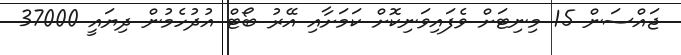
ޖައްސަން 15 މިނިޓަށް ވެފައިވަނިކޮށް ކަމަށާއި އޭރު ބޯޓް އުދުހެމުން ދިޔައީ 37000